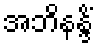
အဘိနန္ဒိံ